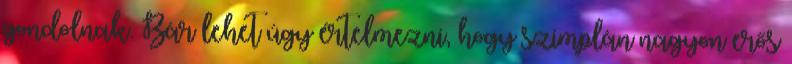
gondolnak. Bár lehet úgy értelmezni, hogy szimplán nagyon erős